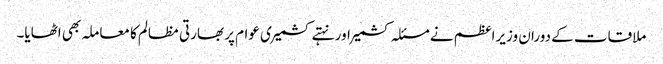
ملاقات کے دوران وزیراعظم نے مسئلہ کشمیر اور نہتے کشمیری عوام پر بھارتی مظالم کا معاملہ بھی اٹھایا۔